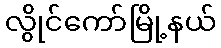
လွိုင်ကော်မြို့နယ်